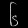
Digit: ၆